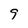
Character: 9